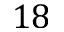
1 8